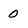
Character: 0